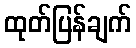
ထုတ်ပြန်ချက်